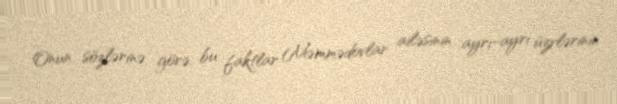
Onun sözlərinə görə, bu faktlar Məmmədovlar ailəsinin ayrı-ayrı üzvlərinin